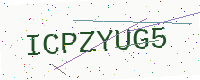
Text: ICPZYUG5